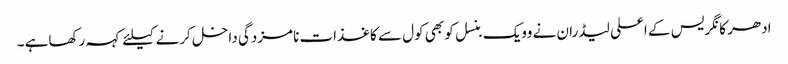
ادھر کانگریس کے اعلی لیڈران نے وویک بنسل کو بھی کول سے کاغذات نامزدگی داخل کرنے کیلئے کہہ رکھاہے ۔